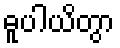
ဓူပါယိတွာ